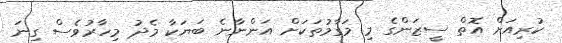
ކުރިއަށް އޮތް ސީޒަންގެ މި މަގާމުތަކަށް އަންނާނެ ބަޔަކާ މެދު މިހާރުވެސް ގިނަ